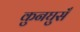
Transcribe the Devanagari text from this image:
कुनघुसँ